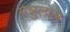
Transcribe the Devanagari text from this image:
मन्नुलाल